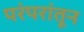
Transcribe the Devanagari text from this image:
परंपरांतून